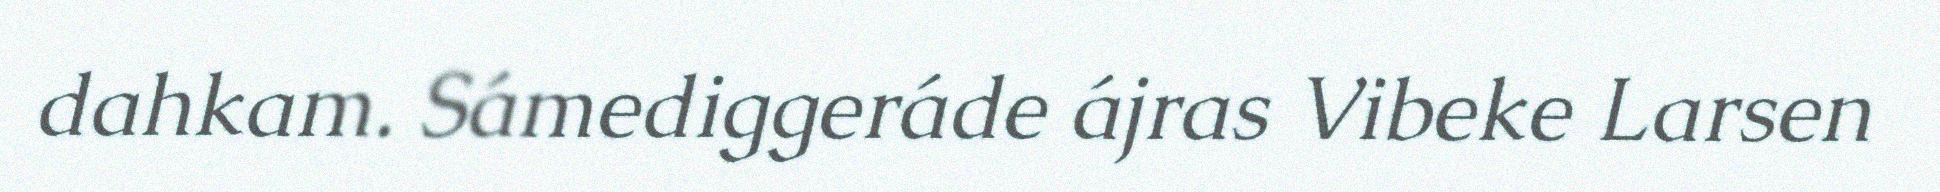
dahkam. Sámediggeráde ájras Vibeke Larsen